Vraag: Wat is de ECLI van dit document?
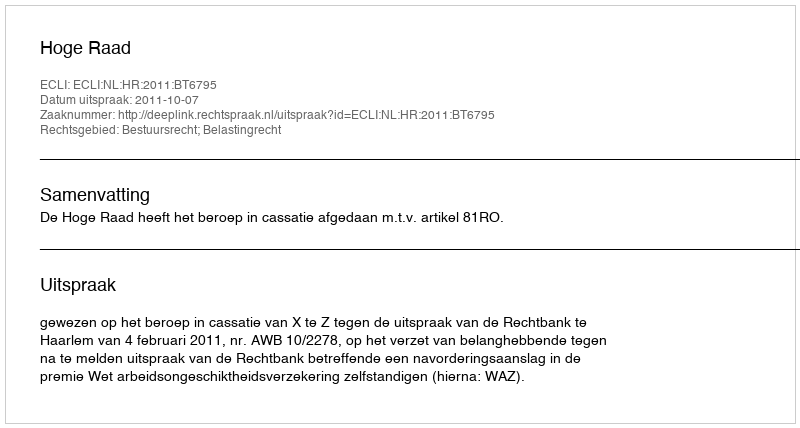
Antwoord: ECLI:NL:HR:2011:BT6795